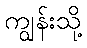
ကျွန်းသို့